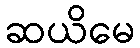
ဆယိမေ